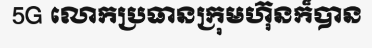
5G លោកប្រធានក្រុមហ៊ុនក៏បាន